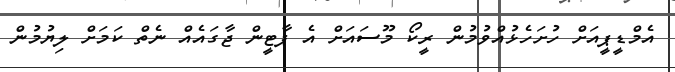
އެމްޑީޕީއަށް ހުށަހެޅުއްވުމުން ރީކޯ މޫސައަށް އެ ޕާޓީން ޖާގައެއް ނެތް ކަމަށް ލިޔުމުން